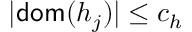
| \mathsf { d o m } ( h _ { j } ) | \leq c _ { h }